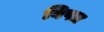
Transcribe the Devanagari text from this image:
बिपत